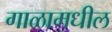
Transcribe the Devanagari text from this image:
गाळामधील